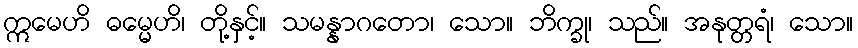
ဣမေဟိ ဓမ္မေဟိ၊ တို့နှင့်။ သမန္နာဂတော၊ သော။ ဘိက္ခု၊ သည်။ အနုတ္တရံ၊ သော။